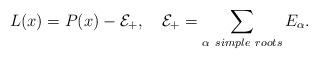
LaTeX: \begin{align*}L(x)= P(x)- {\cal E}_+, \quad {\cal E}_+=\sum_{\alpha\ simple\ roots} E_\alpha .\end{align*}